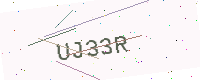
Text: UJ33R